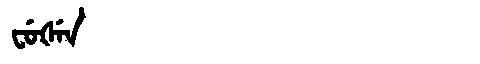
Manchu: ᠸᡠᡧᡝᠨ
Romanization: FUŠEN